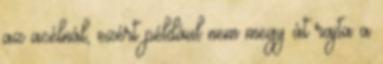
az acélnál, ezért például nem megy át rajta a